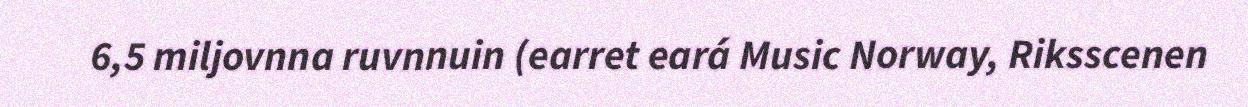
6,5 miljovnna ruvnnuin (earret eará Music Norway, Riksscenen